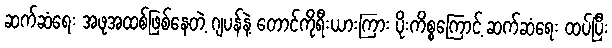
ဆက်ဆံရေး အဖုအထစ်ဖြစ်နေတဲ့ ဂျပန်နဲ့ တောင်ကိုရီးယားကြား ပိုးကိစ္စကြောင့် ဆက်ဆံရေး ထပ်ပြီး